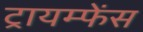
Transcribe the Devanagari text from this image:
ट्रायम्फेंस